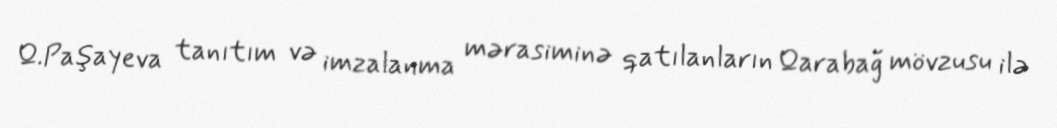
Q.Paşayeva tanıtım və imzalanma mərasiminə qatılanların Qarabağ mövzusu ilə